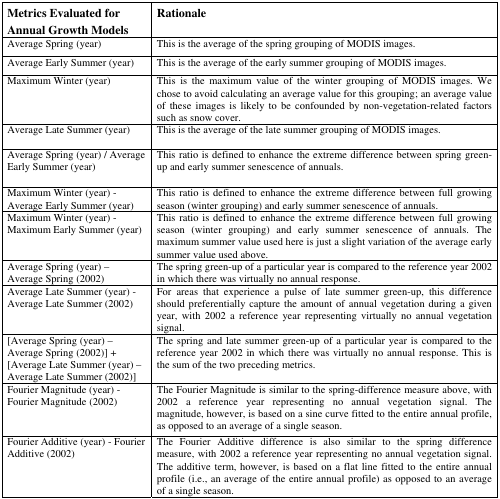
<table><thead><tr><td><b>Metrics Evaluated for Annual Growth Models</b></td><td><b>Rationale</b></td></tr></thead><tbody><tr><td>Average Spring (year)</td><td>This is the average of the spring grouping of MODIS images.</td></tr><tr><td>Average Early Summer (year)</td><td>This is the average of the early summer grouping of MODIS images.</td></tr><tr><td>Maximum Winter (year)</td><td>This is the maximum value of the winter grouping of MODIS images. We chose to avoid calculating an average value for this grouping; an average value of these images is likely to be confounded by non-vegetation-related factors such as snow cover.</td></tr><tr><td>Average Late Summer (year)</td><td>This is the average of the late summer grouping of MODIS images.</td></tr><tr><td>Average Spring (year) / Average Early Summer (year)</td><td>This ratio is defined to enhance the extreme difference between spring green-up and early summer senescence of annuals.</td></tr><tr><td>Maximum Winter (year) -Average Early Summer (year)</td><td>This ratio is defined to enhance the extreme difference between full growing season (winter grouping) and early summer senescence of annuals.</td></tr><tr><td>Maximum Winter (year) -Maximum Early Summer (year)</td><td>This ratio is defined to enhance the extreme difference between full growing season (winter grouping) and early summer senescence of annuals. The maximum summer value used here is just a slight variation of the average early summer value used above.</td></tr><tr><td>Average Spring (year) – Average Spring (2002)</td><td>The spring green-up of a particular year is compared to the reference year 2002 in which there was virtually no annual response.</td></tr><tr><td>Average Late Summer (year) -Average Late Summer (2002)</td><td>For areas that experience a pulse of late summer green-up, this difference should preferentially capture the amount of annual vegetation during a given year, with 2002 a reference year representing virtually no annual vegetation signal.</td></tr><tr><td>[Average Spring (year) – Average Spring (2002)] + [Average Late Summer (year) – Average Late Summer (2002)]</td><td>The spring and late summer green-up of a particular year is compared to the reference year 2002 in which there was virtually no annual response. This is the sum of the two preceding metrics.</td></tr><tr><td>Fourier Magnitude (year) -Fourier Magnitude (2002)</td><td>The Fourier Magnitude is similar to the spring-difference measure above, with 2002 a reference year representing no annual vegetation signal. The magnitude, however, is based on a sine curve fitted to the entire annual profile, as opposed to an average of a single season.</td></tr><tr><td>Fourier Additive (year) - Fourier Additive (2002)</td><td>The Fourier Additive difference is also similar to the spring difference measure, with 2002 a reference year representing no annual vegetation signal. The additive term, however, is based on a flat line fitted to the entire annual profile (i.e., an average of the entire annual profile) as opposed to an average of a single season.</td></tr></tbody></table>